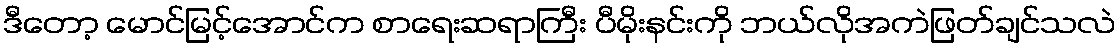
ဒီတော့ မောင်မြင့်အောင်က စာရေးဆရာကြီး ပီမိုးနင်းကို ဘယ်လိုအကဲဖြတ်ချင်သလဲ